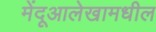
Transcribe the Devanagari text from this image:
मेंदूआलेखामधील